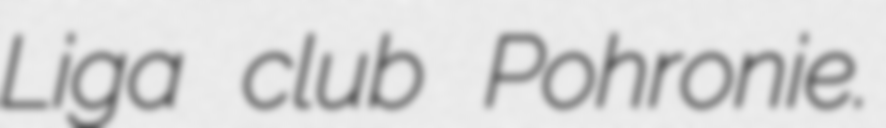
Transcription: Liga club Pohronie.